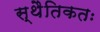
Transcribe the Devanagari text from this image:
स्थैतिकतः